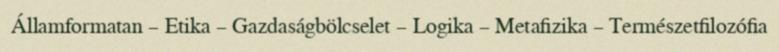
Államformatan – Etika – Gazdaságbölcselet – Logika – Metafizika – Természetfilozófia